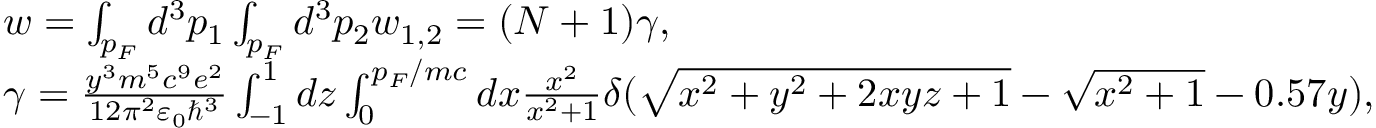
\begin{array} { l } { w = \int _ { p _ { F } } d ^ { 3 } p _ { 1 } \int _ { p _ { F } } d ^ { 3 } p _ { 2 } w _ { 1 , 2 } = ( N + 1 ) \gamma , } \\ { \gamma = \frac { y ^ { 3 } m ^ { 5 } c ^ { 9 } e ^ { 2 } } { 1 2 \pi ^ { 2 } \varepsilon _ { 0 } \hbar ^ { 3 } } \int _ { - 1 } ^ { 1 } d z \int _ { 0 } ^ { p _ { F } / m c } d x \frac { x ^ { 2 } } { x ^ { 2 } + 1 } \delta ( \sqrt { x ^ { 2 } + y ^ { 2 } + 2 x y z + 1 } - \sqrt { x ^ { 2 } + 1 } - 0 . 5 7 y ) , } \end{array}